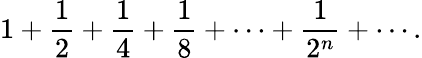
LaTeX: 1+{\frac{1}{2}}+{\frac{1}{4}}+{\frac{1}{8}}+\cdots+{\frac{1}{2^{n}}}+\cdots.